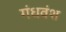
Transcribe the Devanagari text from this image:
गंधवंश